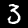
Label: 3